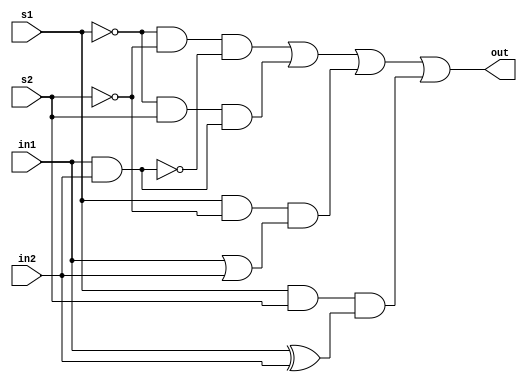
`timescale 1ns / 1ps
//////////////////////////////////////////////////////////////////////////////////
// Company: 
// Engineer: 
// 
// Design Name: 
// Module Name: mux_structural
// Project Name: 
// Target Devices: 
// Tool Versions: 
// Description: 
// 
// Dependencies: 
// 
// Revision:
// Revision 0.01 - File Created
// Additional Comments:
// 
//////////////////////////////////////////////////////////////////////////////////


module mux_structural(
    output out,
    input in1,
    input in2,
    input s1,
    input s2
    );
    wire or_res, and_res, xor_res, nand_res;
    wire not_s1, not_s2;
    wire a, b, c, d;
    
    // partea de mux
    and(a, not_s1, not_s2, nand_res);
    and(b, not_s1, s2, and_res);
    and(c, s1, not_s2, or_res);
    and(d, s1, s2, xor_res);    
    
    or(out, a, b, c, d);
    
    // partea care calculeaza "intrarile" in mux
    or(or_res, in1, in2);
    and(and_res, in1, in2);
    nand(nand_res, in1, in2);
    xor(xor_res, in1, in2);
    
    // calculul auxiliarelor
    not(not_s1, s1);
    not(not_s2, s2);
    
endmodule